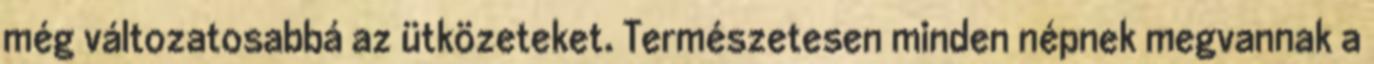
még változatosabbá az ütközeteket. Természetesen minden népnek megvannak a